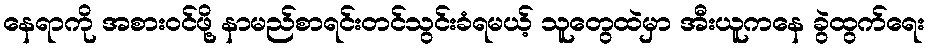
နေရာကို အစားဝင်ဖို့ နာမည်စာရင်းတင်သွင်းခံရမယ့် သူတွေထဲမှာ အီးယူကနေ ခွဲထွက်ရေး